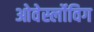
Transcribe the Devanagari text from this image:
ओवेर्स्लोविग